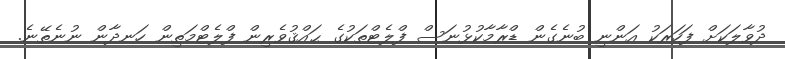
ދުވާލަކަށް ފަހަރަކު އަންނި ބުނެގެން ޑްރާމާކުޅުނަސް ފްލެޓްތަކުގެ ޙައްޤުވެރިން ފްލެޓްމަތިން ހަނދާން ނުނެތޭނެ.